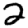
Digit: 2